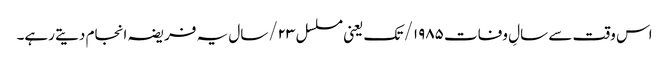
اس وقت سے سالِ وفات ۱۹۸۵/ تک یعنی مسلسل ۲۳/سال یہ فریضہ انجام دیتے رہے۔